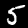
Label: 5